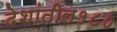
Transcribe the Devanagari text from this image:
देशांतील१८०